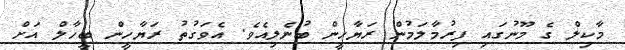
މާކިލް ގެ މޫނުގައި ފިރުމާލަމުން ރަޔާހީން ބުނެލިއެވެ. އެވަގުތު ރަޔާހީން ބީހާލް އަށް